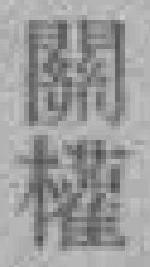
關權